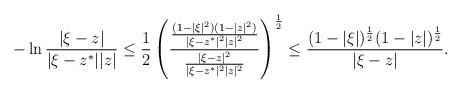
LaTeX: \begin{align*}- \ln \frac{|\xi-z|}{|\xi-z^*||z|} \leq \frac{1}{2} \left( \frac{ \frac{(1-|\xi|^2)(1-|z|^2)}{|\xi-z^*|^2|z|^2} }{ \frac{|\xi-z|^2}{|\xi-z^*|^2|z|^2} } \right)^{\frac{1}{2}} \leq \frac{(1-|\xi|)^{\frac{1}{2}} (1-|z|)^{\frac{1}{2}}}{|\xi-z|}.\end{align*}